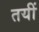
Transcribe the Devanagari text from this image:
तयीं